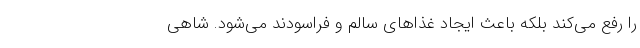
را رفع می‌کند بلکه باعث ایجاد غذاهای سالم و فراسودند می‌شود. شاهی